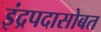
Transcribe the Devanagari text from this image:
इंद्रपदासोबत